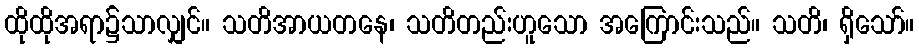
ထိုထိုအရာ၌သာလျှင်။ သတိအာယတနေ၊ သတိတည်းဟူသော အကြောင်းသည်။ သတိ၊ ရှိသော်။